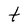
Character: t